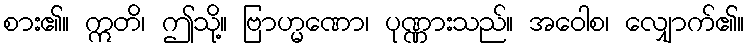
စား၏။ ဣတိ၊ ဤသို့။ ဗြာဟ္မဏော၊ ပုဏ္ဏားသည်။ အဝေါစ၊ လျှောက်၏။